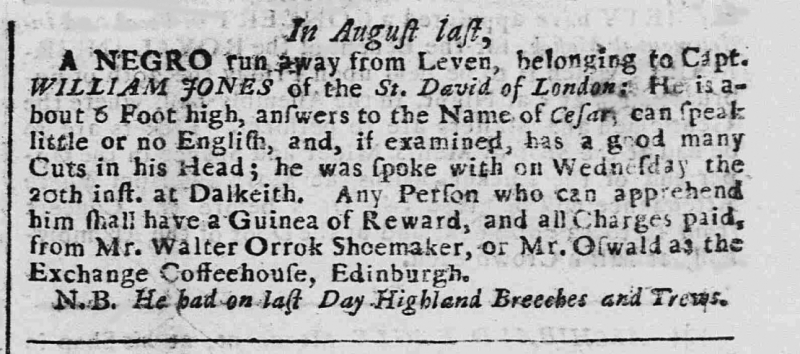
Caledonian Mercury, 26 February 1740 (Scotland)
In August last,A NEGRO run away from Leven, belonging to Capt. WILLIAM JONES of the St. David of London: He is about 6 Foot high, answers to the Name of Cesar, can speak little or no English, and, if examined, has a good many Cuts in his Head; he was spoke with on Wednesday the 20th inst. at Dalkeith. Any Person who can apprehend him shall have a Guinea of Reward, and all Charges paid, from Mr. Walter Orrok Shoemaker, or Mr. Oswald at the Exchange Coffeehouse, Edinburgh.  N.B. He had on last Day Highland Breeches and Trews.